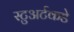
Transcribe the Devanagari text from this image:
स्टुअर्टकडे